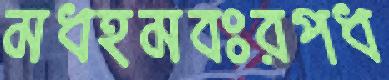
মধহমবঃরপধ